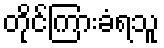
တိုင်ကြားခံရသူ